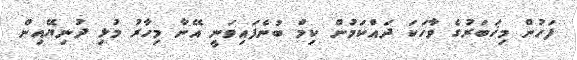
ފަހުން މިޚަބަރުގެ ވާހަކަ ދައްކަމުން ކިމް ބުނެފައިވަނީ އޭނާ މިހާރު މުޅި ދުނިޔޭއިން